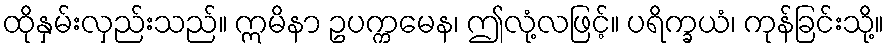
ထိုနှမ်းလှည်းသည်။ ဣမိနာ ဥပက္ကမေန၊ ဤလုံ့လဖြင့်။ ပရိက္ခယံ၊ ကုန်ခြင်းသို့။